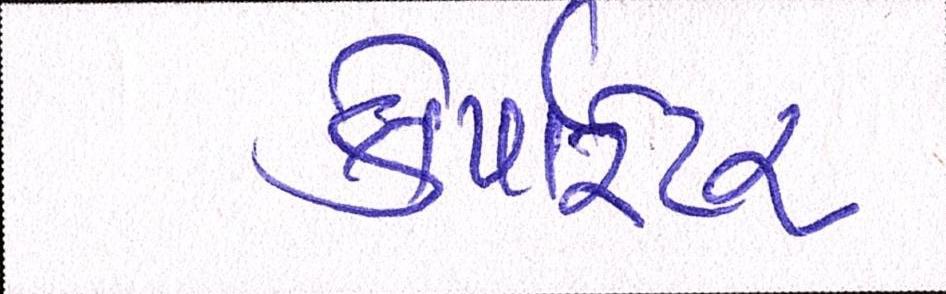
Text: કોર્પોરેટર